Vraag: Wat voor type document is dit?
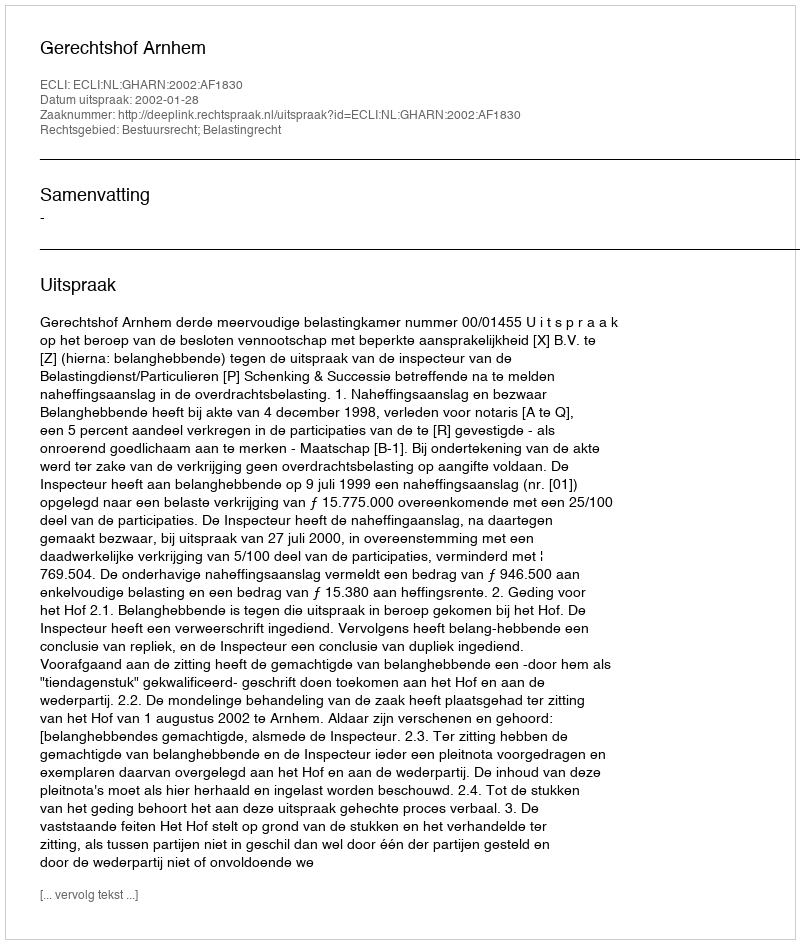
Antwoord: Uitspraak